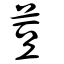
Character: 荳